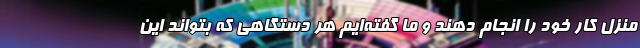
منزل کار خود را انجام دهند و ما گفته‌ایم هر دستگاهی که بتواند این